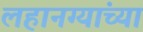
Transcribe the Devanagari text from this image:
लहानग्यांच्या